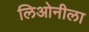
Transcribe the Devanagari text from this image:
लिओनीला